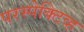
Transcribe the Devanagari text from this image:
परस्पेक्टिव्ह